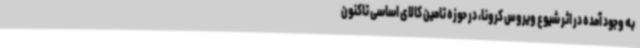
به وجود آمده در اثر شیوع ویروس کرونا، در حوزه تامین کالای اساسی تاکنون